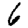
Digit: 6